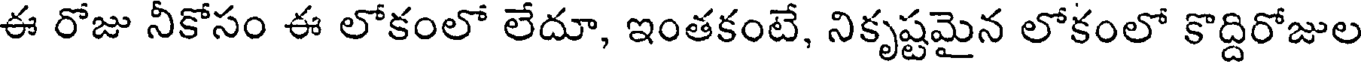
ఈ రోజు నీకోసం ఈ లోకంలో లేదూ, ఇంతకంటే, నికృష్టమైన లోకంలో కొద్దిరోజుల